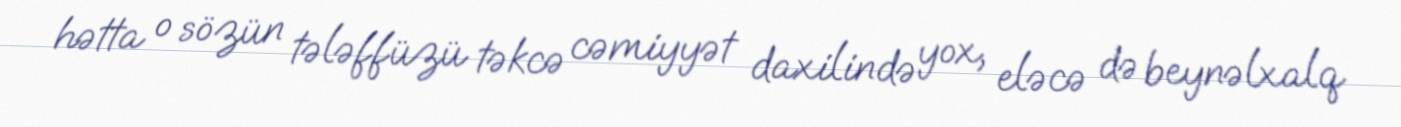
hətta o sözün tələffüzü təkcə cəmiyyət daxilində yox, eləcə də beynəlxalq